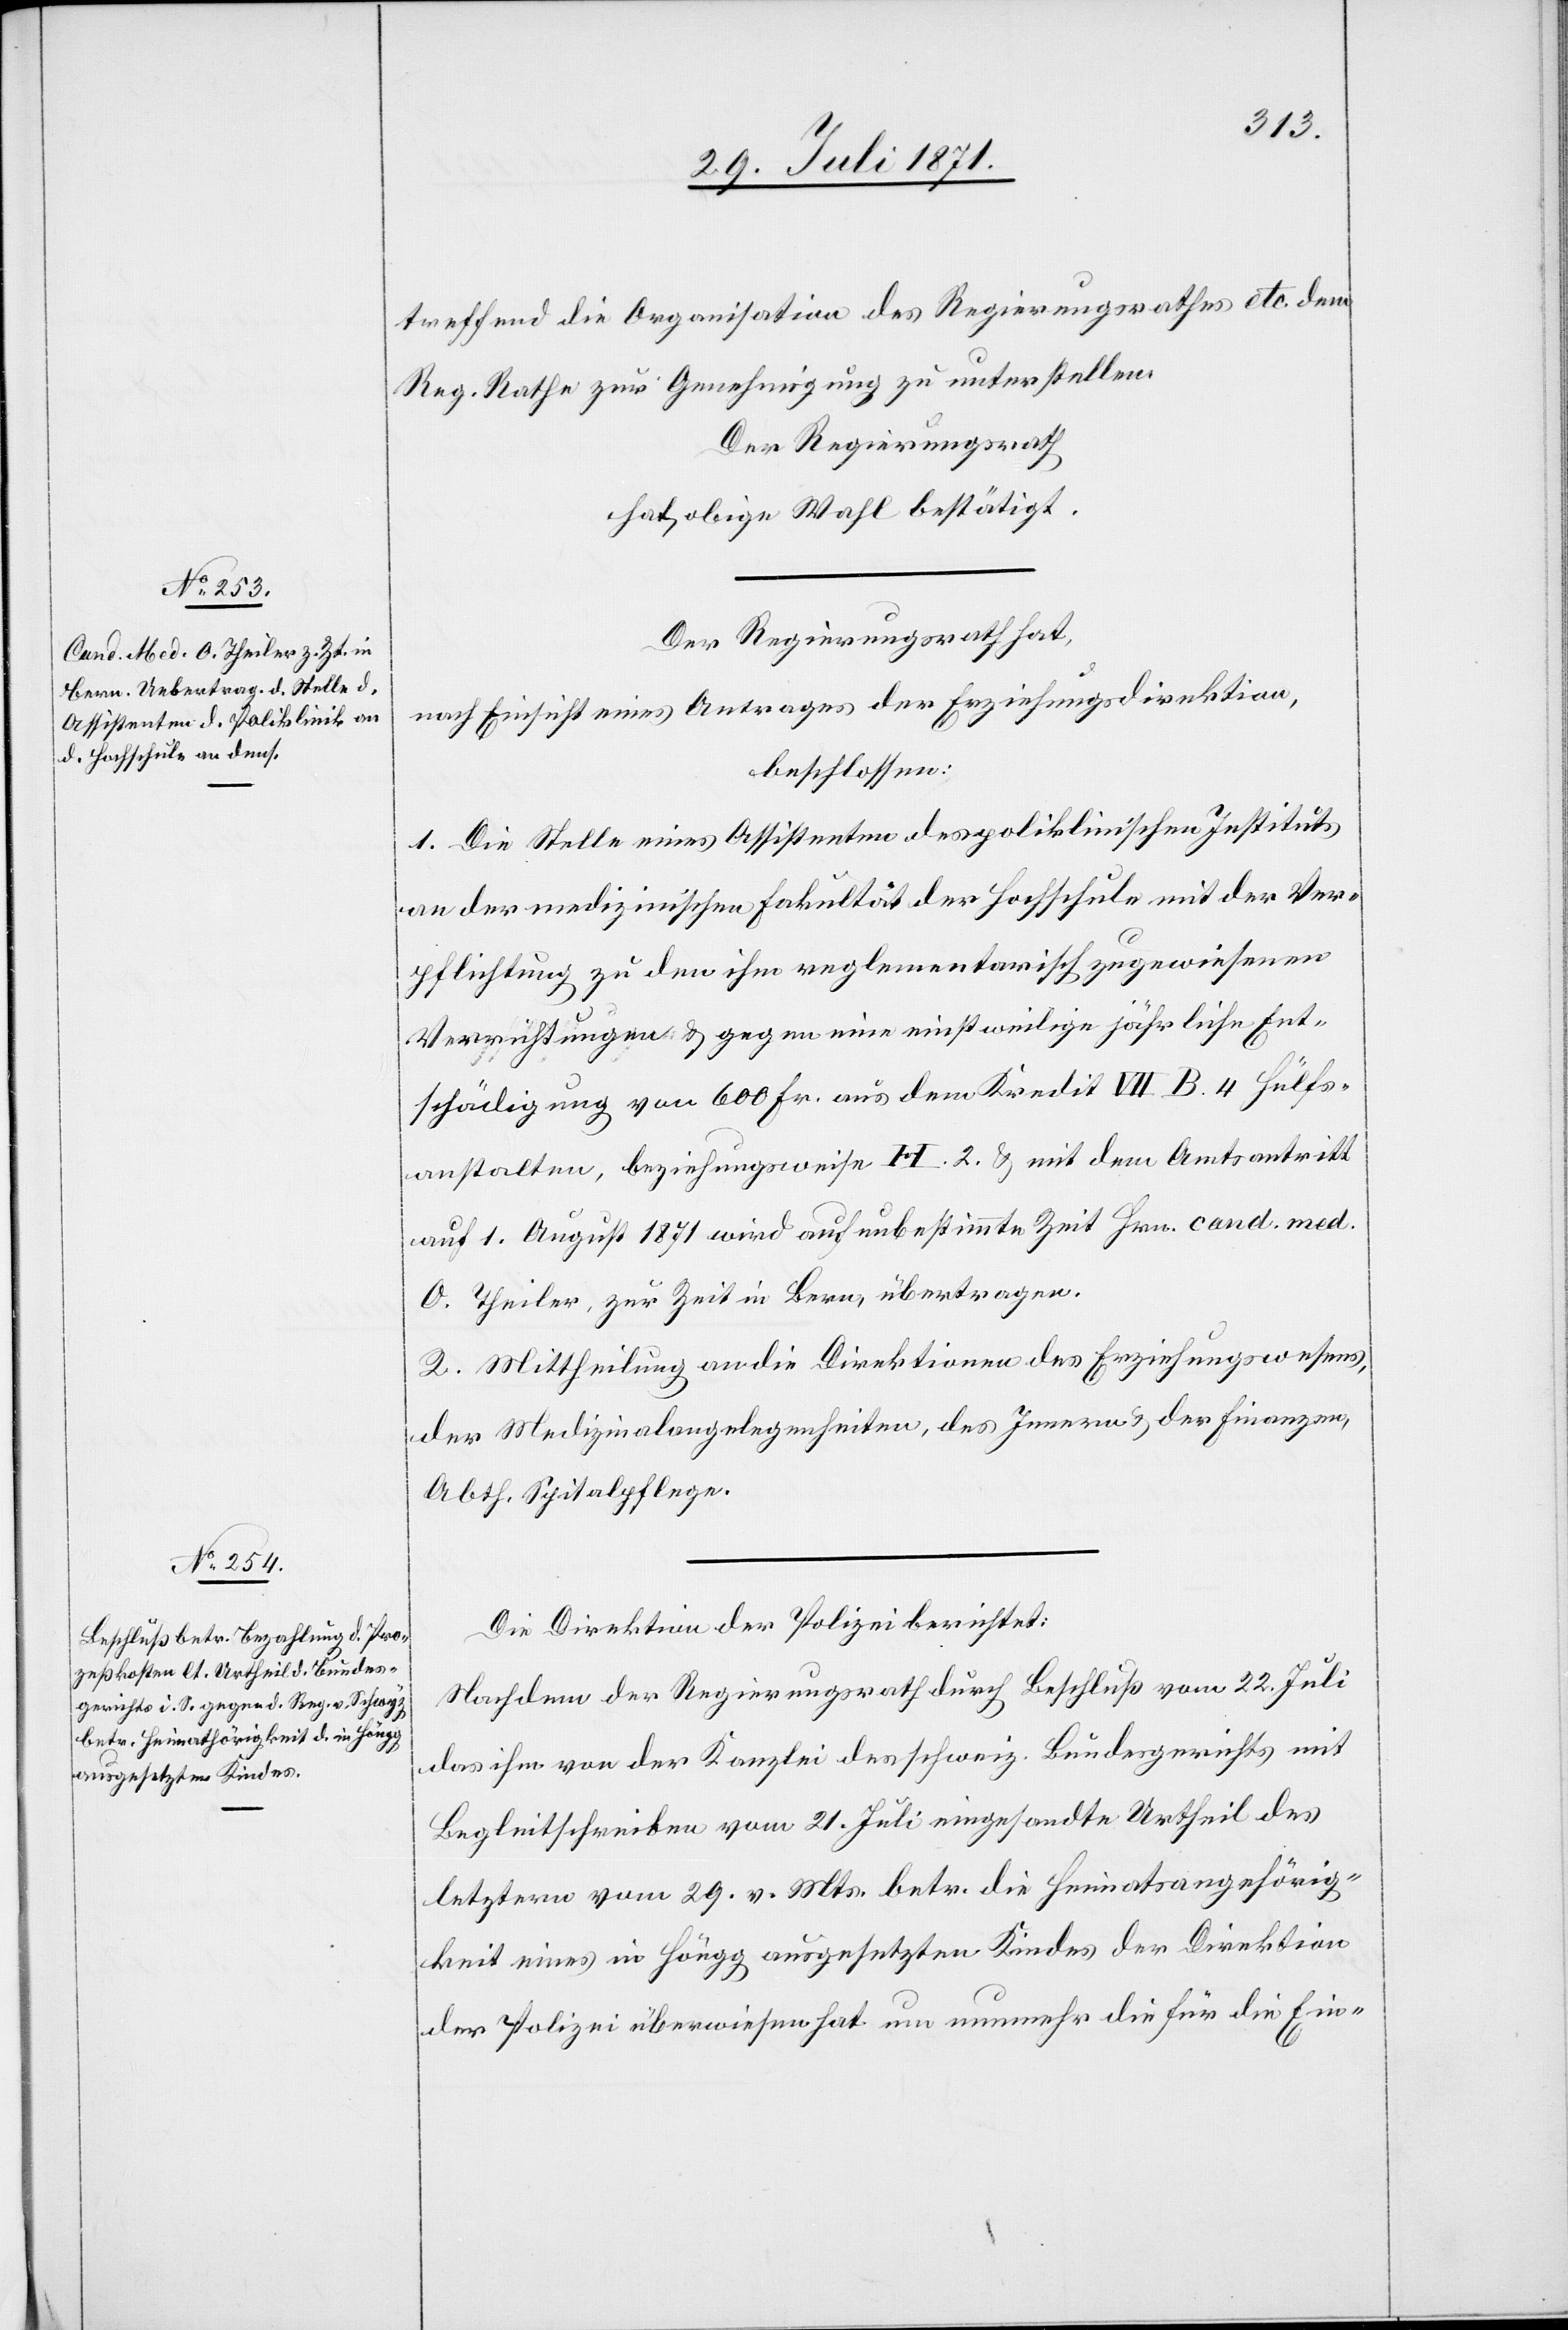
treffend die Organisation des Regierungsrathes etc. dem
Reg. Rathe zur Genehmigung zu unterstellen.
Der Regierungsrath
hat obige Wahl bestätigt.
Der Regierungsrath hat,
nach Einsicht eines Antrages der Erziehungsdirektion,
beschlossen:
1. Die Stelle eines Assistenten des poliklinischen Instituts
an der medizinischen Fakultät der Hochschule mit der Ver¬
pflichtung zu den ihm reglementarisch zugewiesenen
Verrichtungen u. gegen eine einstweilige jährliche Ent¬
schädigung von 600 Fr. aus dem Kredit VII B. 4 Hülfs¬
anstalten, beziehungsweise H. 2. u. mit dem Amtsantritt
auf 1. August 1871 wird auf unbestimmte Zeit Hrn. cand. med.
O. Theiler, zur Zeit in Bern, übertragen.
2. Mittheilung an die Direktion des Erziehungswesens,
der Medizinalangelegenheiten, des Innern u. der Finanzen,
Abth. Spitalpflege.
Die Direktion der Polizei berichtet:
Nachdem der Regierungsrath durch Beschluß vom 22. Juli
das ihm von der Kanzlei des schweiz. Bundesgerichts mit
Begleitschreiben vom 21. Juli eingesandte Urtheil des
letztern vom 29. v. Mts. betr. die Heimatsangehörig¬
keit eines in Höngg ausgesetzten Kindes der Direktion
der Polizei überweisen hat um nunmehr die für die Ein-